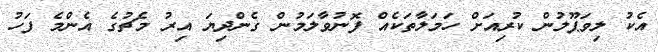
އެކު ލިވަޕޫލުން ކުރިއަށް ހަމަލާތަކެއް ފޮނުވާލަމުން ގެންދިޔަ އިރު މެޗުގެ އެންމެ ފަހު